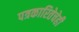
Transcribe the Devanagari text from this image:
पत्रकारितेचेही